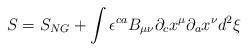
LaTeX: \begin{align*}S = S_{NG} + \int {\epsilon}^{ca}B_{\mu\nu}{\partial}_{c}x^{\mu}{\partial}_{a}x^{\nu} d^{2}{\xi}\end{align*}